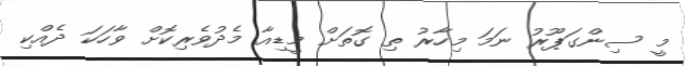
މީ ސިންގަޕޫރު ނަމަ މިހާރު ތި ގޮތަށް މީޑިއާ މެދުވެރިކޮށް ވާހަކަ ދެއްކި